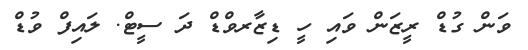
ވަން ގުޑް ރީޒަން ވައި ހީ ޑިޒާރވްޑް ދަ ސީޓް. ލައިފް ވުޑް